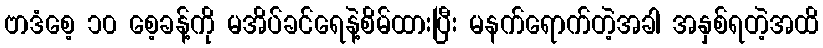
ဗာဒံစေ့ ၁၀ စေ့ခန့်ကို မအိပ်ခင်ရေနဲ့စိမ်ထားပြီး မနက်ရောက်တဲ့အခါ အနှစ်ရတဲ့အထိ